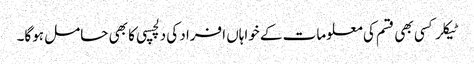
ٹیکلر کسی بھی قسم کی معلومات کے خواہاں افراد کی دلچسپی کا بھی حامل ہوگا۔